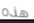
هذه